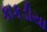
કાકડીયા